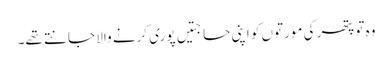
وہ تو پتھر کی مورتوں کو اپنی حاجتیں پوری کرنے والا جانتے تھے۔